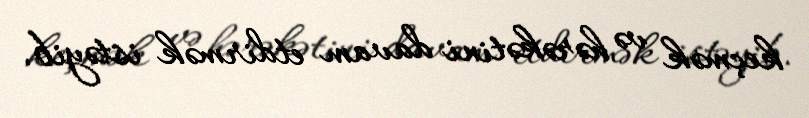
keçmək və hərəkətini davam etdirmək istəyib.